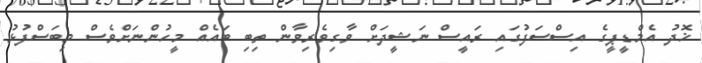
ޚޮދު އެމްޑީޕީގެ އިސްސަފުގައި ރައީސް ނަޝީދަށް ވާގިވެރިވާން ތިބި ބައެއް މީހުންނަށްވެސް މިބަސްފުޅު